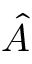
\hat { A }